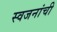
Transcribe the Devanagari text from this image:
स्वजनांची